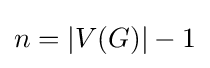
n=|V(G)|-1